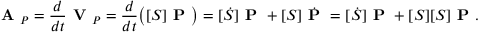
{ \textbf { A } } _ { P } = { \frac { d } { d t } } { \textbf { V } } _ { P } = { \frac { d } { d t } } { \big ( } [ S ] { \textbf { P } } { \big ) } = [ { \dot { S } } ] { \textbf { P } } + [ S ] { \dot { \textbf { P } } } = [ { \dot { S } } ] { \textbf { P } } + [ S ] [ S ] { \textbf { P } } .